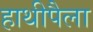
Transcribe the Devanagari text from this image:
हाथीपैला